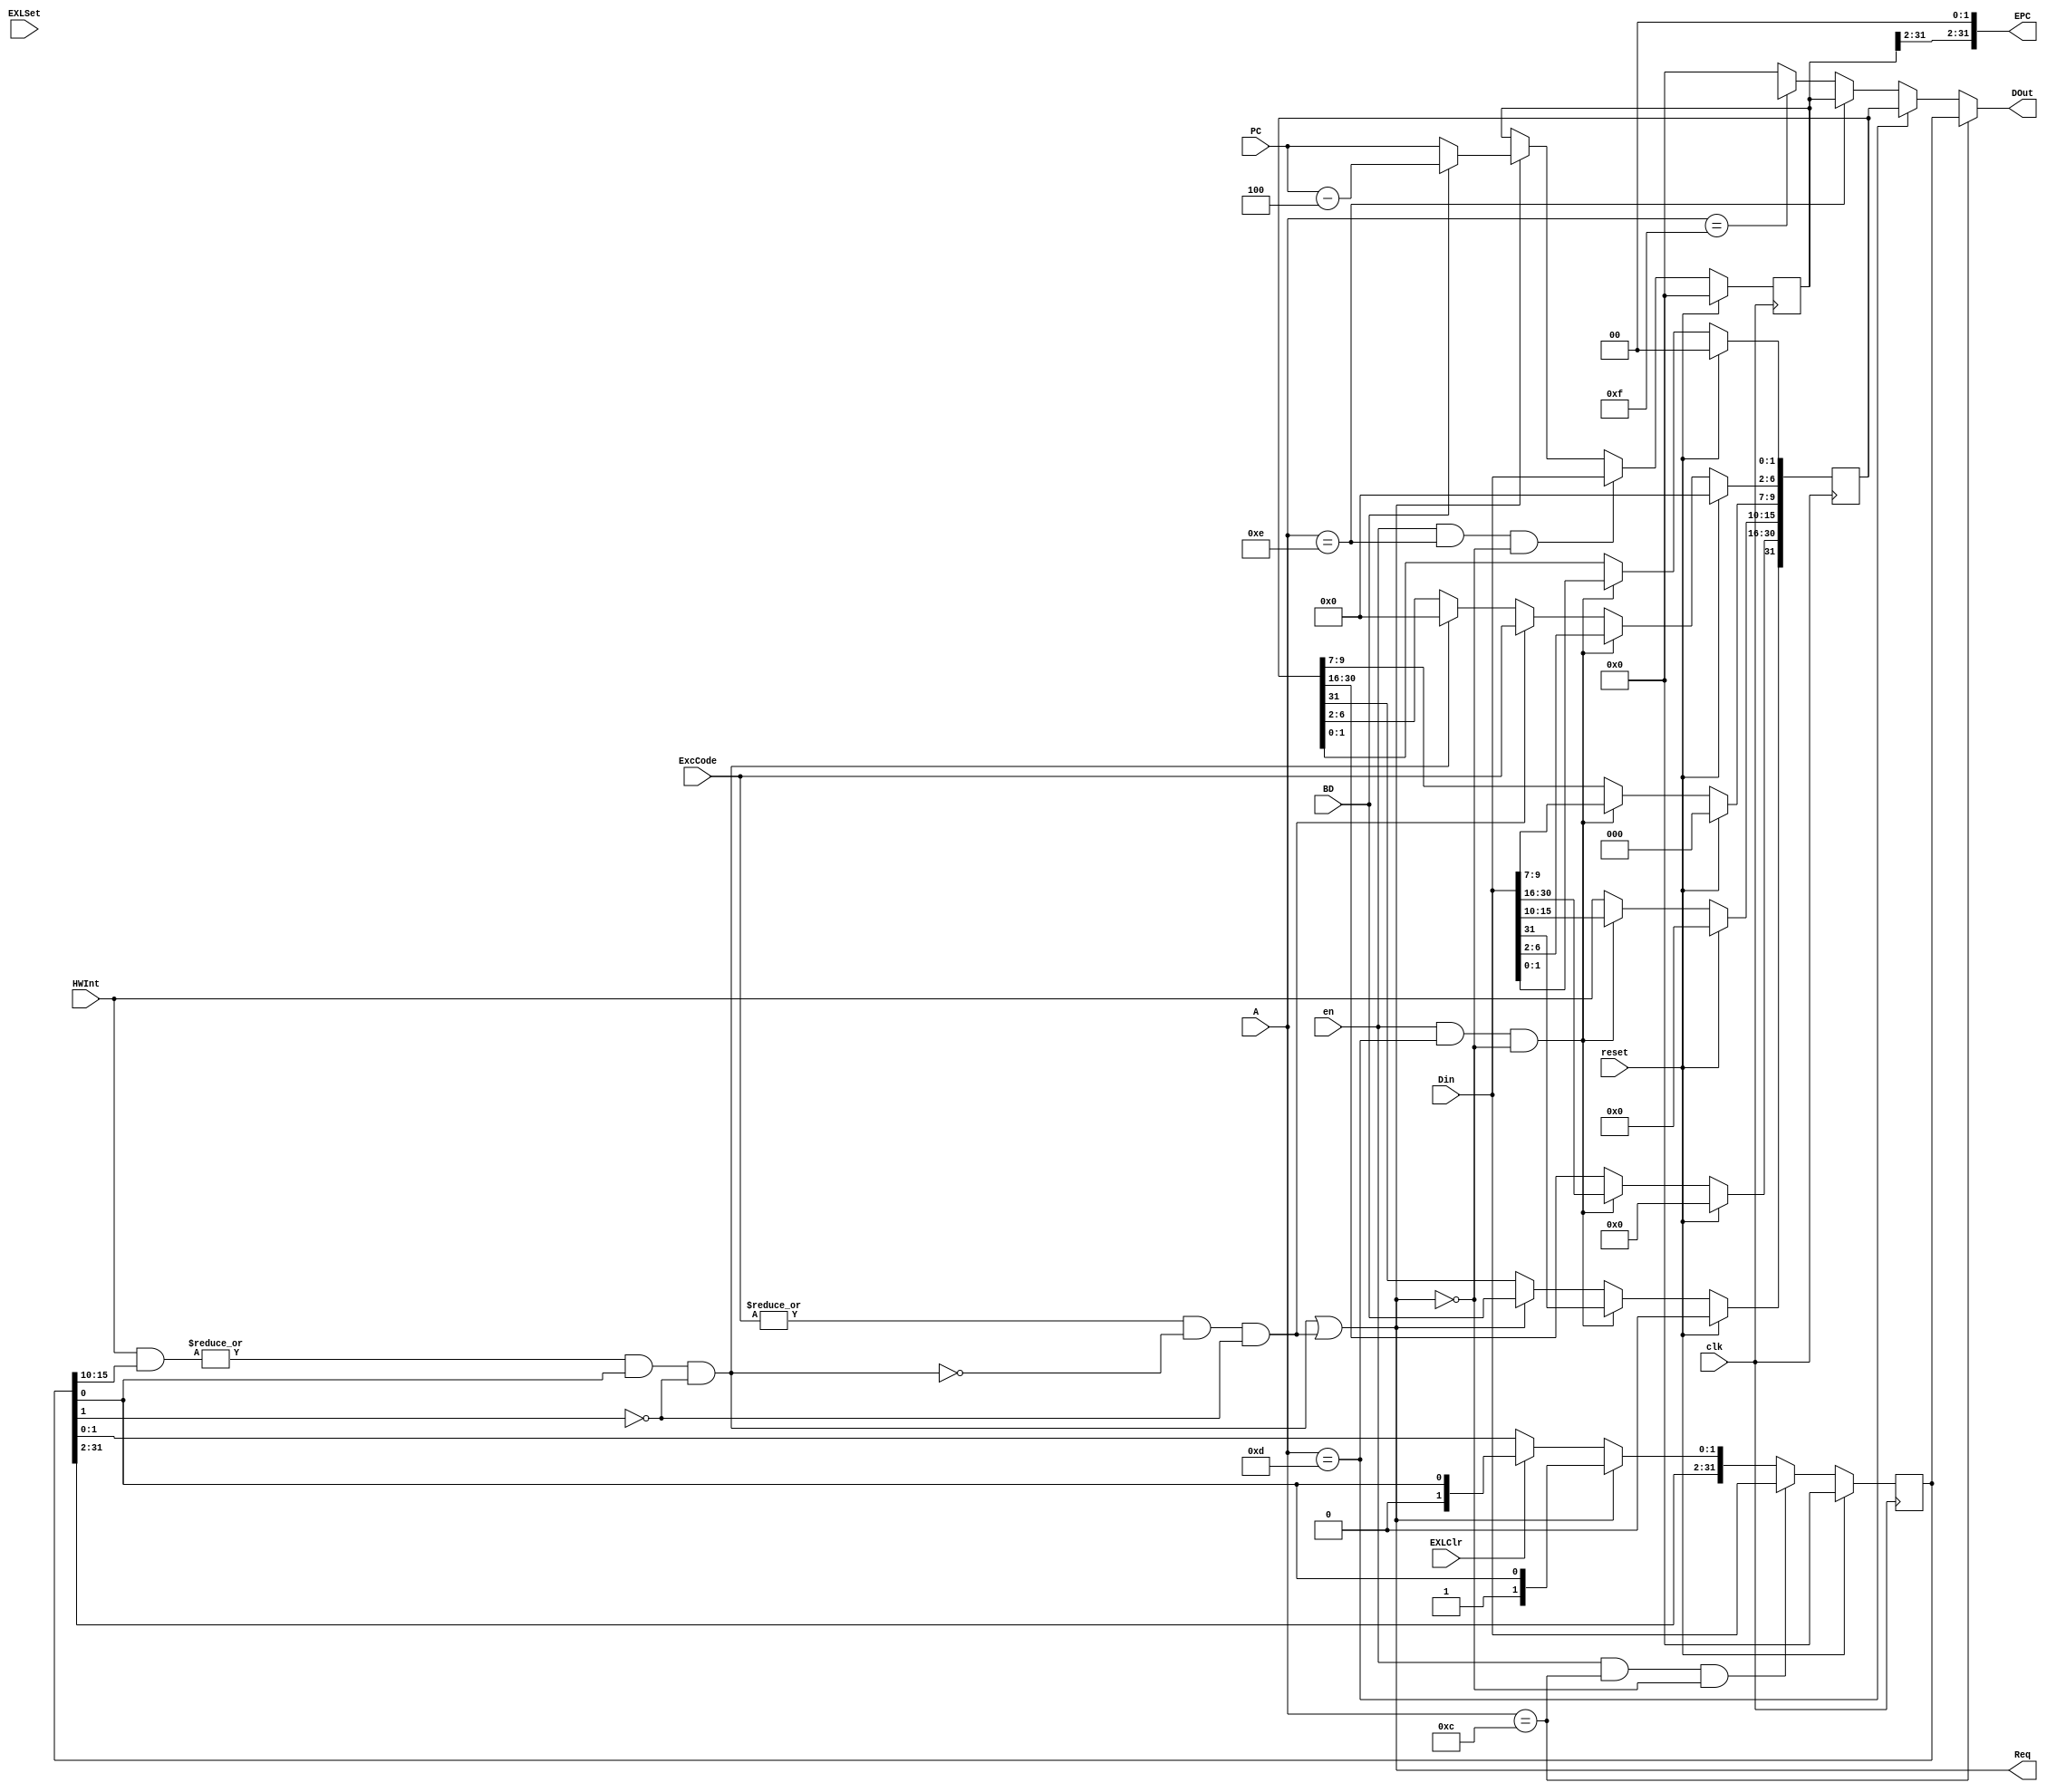
module CP0 (
    input wire clk,
    input wire reset,
    input wire [4:0] A,
    input wire [31:0] Din,
    input wire en,
    input wire [31:0] PC,
    input wire [4:0] ExcCode,   //
    input wire [5:0] HWInt,     //
    input wire EXLSet,
    input wire EXLClr,          //
    input wire BD,
    output wire Req,            //CP0
    output wire [31:0] EPC,
    output wire [31:0] DOut
);
    reg [31:0] SR,Cause,r_EPC,PRId,r_DOut;

    wire IntReq = (|(HWInt&SR[15:10]))&SR[0]&~SR[1]; //&1&0
    wire ExtReq = (|ExcCode)&~IntReq&~SR[1];         //&&0
    assign Req = IntReq | ExtReq;
    //SR
    always @(posedge clk) begin
        if(reset==1'b1) SR <= 0;
        else if(en==1'b1&&A==5'd12&&Req!=1'b1) SR <= Din;
        else if(Req==1'b1) SR <= {SR[31:2],1'B1,SR[0]};     //SR[1]=1
        else if(EXLClr==1'b1) SR <= {SR[31:2],1'B0,SR[0]};  //SR[1]=0
        else SR <= SR;
    end
    //Cause
    always @(posedge clk) begin
        if(reset==1'b1) Cause <= 0;
        else if(en==1'b1&&A==5'd13&&Req!=1'b1) Cause <= Din;
        else begin
            Cause[15:10] <= HWInt;

            if(Req) Cause[31] <= BD;
            else Cause[31] <= Cause[31];
            
            if(ExtReq) Cause[6:2] <= ExcCode;
            else if(IntReq) Cause[6:2] <= 0;
            else Cause[6:2] <= Cause[6:2];
            
            Cause[30:16] <= Cause[30:16];
            Cause[9:7] <= Cause[9:7];
            Cause[1:0] <= Cause[1:0];
        end
    end

    //r_EPC
    always @(posedge clk) begin
        if(reset==1'b1) r_EPC <= 0;
        else if(en==1'b1&&A==5'd14&&Req!=1'b1) r_EPC <= Din;
        else if(Req) begin
                 if(BD==1'b1) r_EPC <= PC - 4;
                 else r_EPC <= PC; 
        end else r_EPC <= r_EPC;
    end

    always @(*) begin
        if(A==5'd12) r_DOut = SR;
        else if(A==5'd13) r_DOut = Cause;
        else if(A==5'd14) r_DOut = r_EPC;
        else if(A==5'd15) r_DOut = PRId;
        else r_DOut = 0;
    end
    assign DOut = r_DOut;
    assign EPC = {r_EPC[31:2],2'b0};
    
endmodule